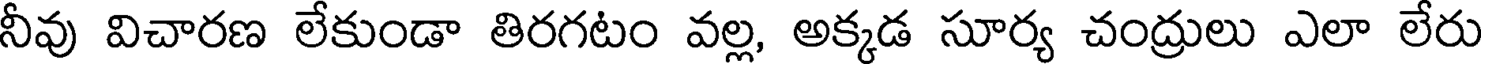
నీవు విచారణ లేకుండా తిరగటం వల్ల, అక్కడ సూర్య చంద్రులు ఎలా లేరు